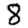
Digit: 8